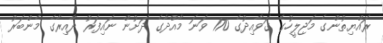
ރައްޔިތުންގެ މަޖިލީހުގެ ގަވާއިދުގެ 170 ވަނަ މާއްދާގެ ދަށުން ނައިފަރު ދާއިރާގެ މެންބަރު